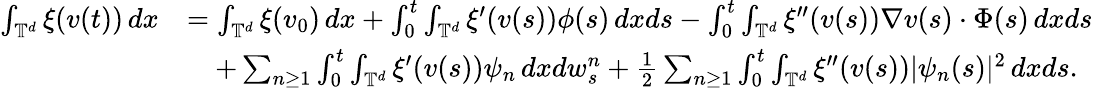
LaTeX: \begin{array}{rl}{\int_{\mathbb{T}^{d}}\xi(v(t))\, dx}&{=\int_{\mathbb{T}^{d}}\xi(v_{0})\, dx+\int_{0}^{t}\int_{\mathbb{T}^{d}}\xi^{\prime}(v(s))\phi(s)\, dxds-\int_{0}^{t}\int_{\mathbb{T}^{d}}\xi^{\prime\prime}(v(s))\nabla v(s)\cdot\Phi(s)\, dxds}\\ &{\quad+\sum_{n\geq 1}\int_{0}^{t}\int_{\mathbb{T}^{d}}\xi^{\prime}(v(s))\psi_{n}\, dxdw_{s}^{n}+\frac{1}{2}\sum_{n\geq 1}\int_{0}^{t}\int_{\mathbb{T}^{d}}\xi^{\prime\prime}(v(s))|\psi_{n}(s)|^{2}\, dxds.}\end{array}